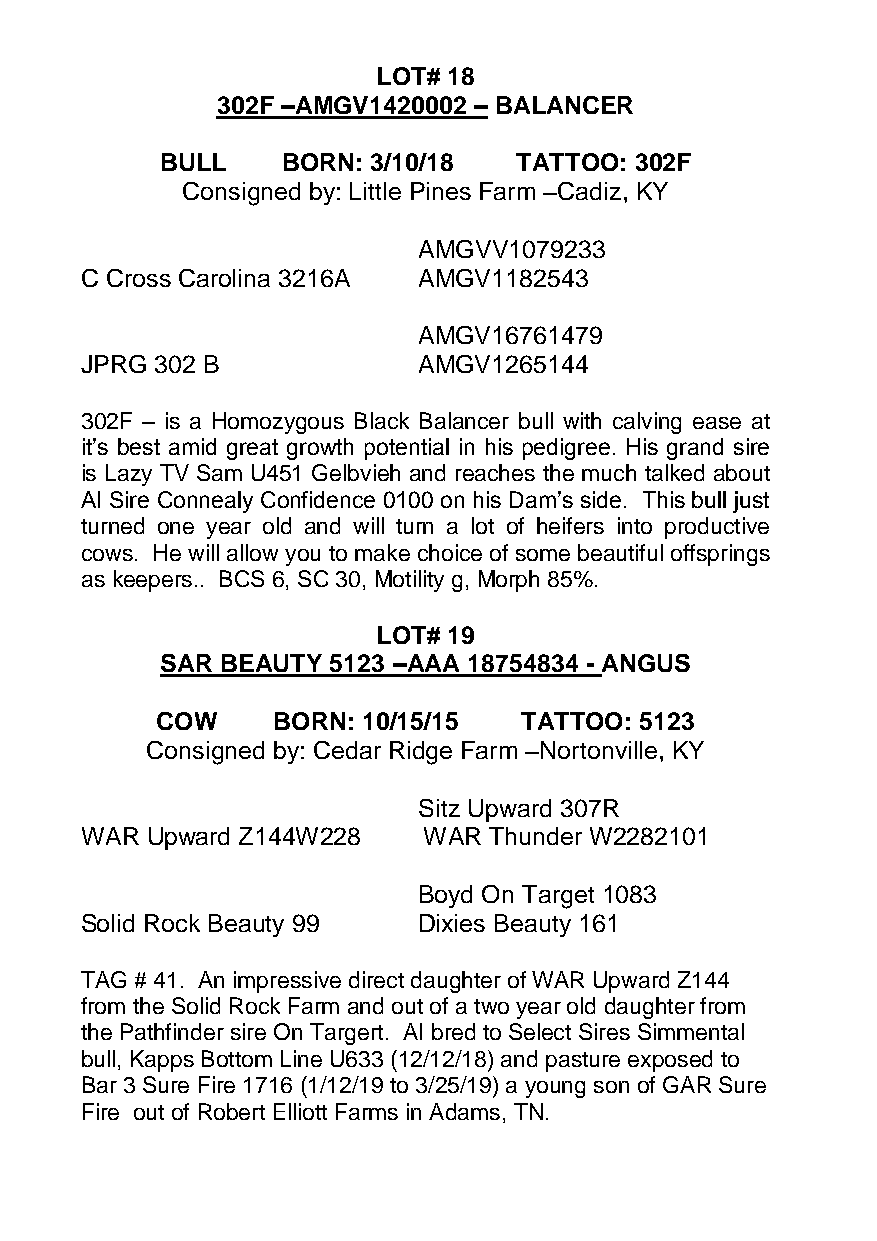
LOT# 18
 302F –AMGV1420002 – BALANCER
 BULL    BORN: 3/10/18  TATTOO: 302F
 Consigned by: Little Pines Farm –Cadiz, KY
 AMGVV1079233
 C Cross Carolina 3216A AMGV1182543
 AMGV16761479
 JPRG 302 B             AMGV1265144
 302F – is a Homozygous Black Balancer bull with calving ease at
 it’s best amid great growth potential in his pedigree. His grand sire
 is Lazy TV Sam U451 Gelbvieh and reaches the much talked about
 AI Sire Connealy Confidence 0100 on his Dam’s side. This bull just
 turned one year old and will turn a lot of heifers into productive
 cows. He will allow you to make choice of some beautiful offsprings
 as keepers.. BCS 6, SC 30, Motility g, Morph 85%.
 LOT# 19
 SAR BEAUTY 5123 –AAA 18754834 - ANGUS
 COW     BORN: 10/15/15   TATTOO: 5123
 Consigned by: Cedar Ridge Farm –Nortonville, KY
 Sitz Upward 307R
 WAR  Upward Z144W228   WAR Thunder W2282101
 Boyd On Target 1083
 Solid Rock Beauty 99   Dixies Beauty 161
 TAG # 41. An impressive direct daughter of WAR Upward Z144
 from the Solid Rock Farm and out of a two year old daughter from
 the Pathfinder sire On Targert. AI bred to Select Sires Simmental
 bull, Kapps Bottom Line U633 (12/12/18) and pasture exposed to
 Bar 3 Sure Fire 1716 (1/12/19 to 3/25/19) a young son of GAR Sure
 Fire out of Robert Elliott Farms in Adams, TN.